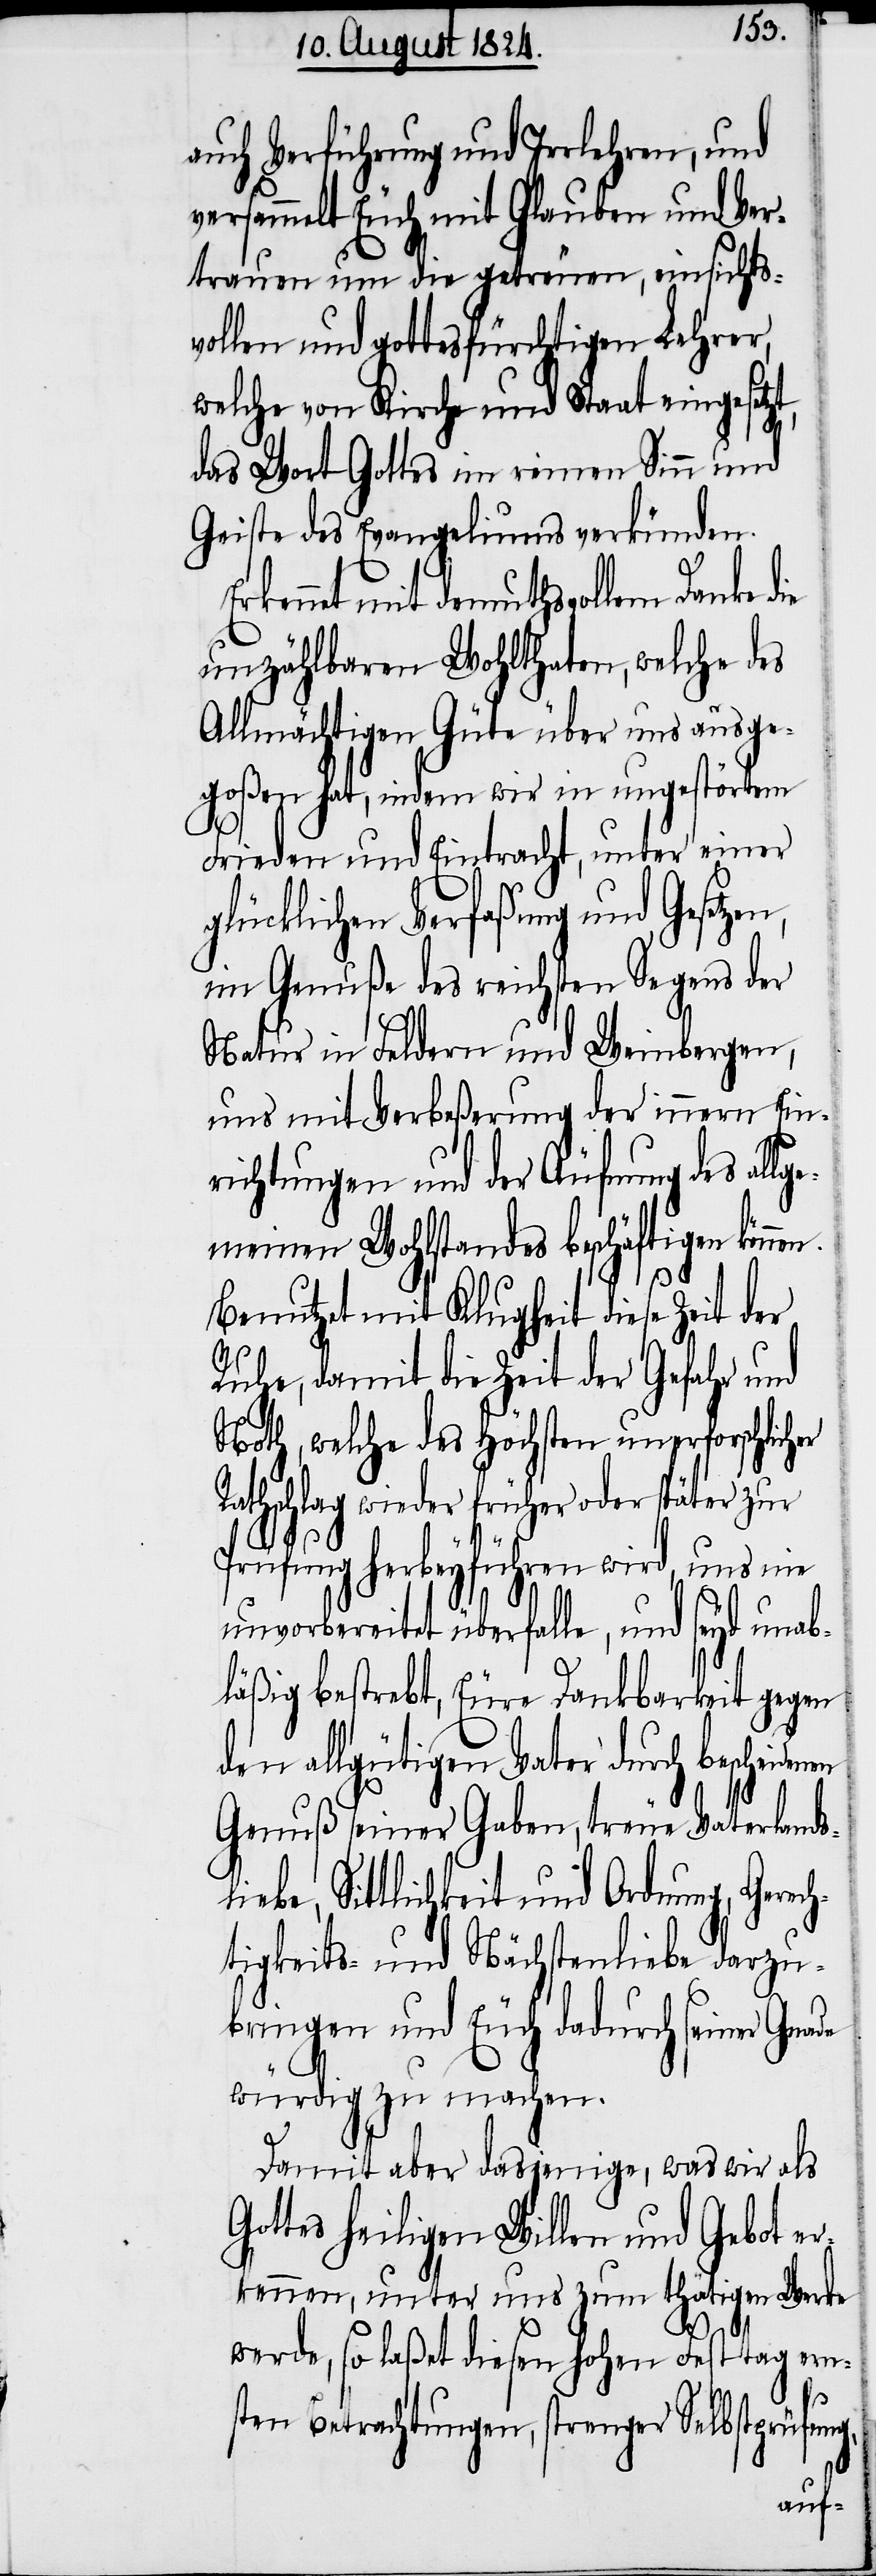
auch Verführung und Irrlehren, und
versammelt Euch mit Glauben und Ver¬
trauen um die getreuen, einsichts¬
vollen und gottesfürchtigen Lehrer,
welche von Kirche und Staat eingesetzt,
das Wort Gottes im reinen Sinn und
Geiste des Evangeliums verkünden.
Erkennt mit demuthsvollem Danke
unzählbaren Wohlthaten, welche des
Allmächtigen Güte über uns ausge¬
goßen hat, indem wir in ungestörtem
de
Frieden und Eintracht, unter einer
glücklichen Verfaßung und Gesetzen,
im Genuße des reichsten Segens der
Natur in Feldern und Weinbergen,
uns mit Verbeßerung der innern Ein¬
richtungen und der Äufnung des all¬
gemeinen Wohlstandes beschäftigen könn¬
Benutzet mit Klugheit diese Zeit der
Ruhe, damit die Zeit der Gefahr und
Noth, welche des Höchsten unerforschlicher
Rathschlag wieder früher oder später zur
Prüfung herbeyführen wird, uns nie
unvorbereitet überfalle, und seyd una¬
bläßig bestrebt, Eure Dankbarkeit gegen
den allgütigen Vater durch beschei¬
Genuß seiner Gaben, treue Vaterlan¬
liebe, Sittlichkeit und Ordnung, Gere¬
tigkeits- und Nächstenliebe darzu¬
bringen und Euch dadurch seiner Gna¬
würdig zu machen.
Damit aber dasjenige, was wir als
Gottes heiligen Willen und Gebot
erkennen, unter uns zum thätigen Werke
werde, so laßet diesen hohen Festtag ern¬
sten Betrachtungen, strenger Selbstprüfung,